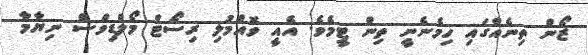
ޒޯން ތިނެއްގައި ހިމެނެނީ ތިން ޓީމެވެ. އެއީ ވޮއްމުލި ރިސޯޓް މޯލްޑިވްސް ނިޔާމާ